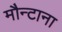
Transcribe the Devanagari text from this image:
मौन्टाना